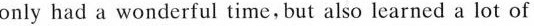
only had a wonderful time, but also learned a lot of